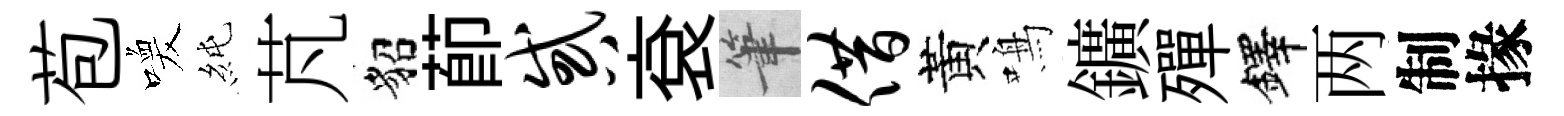
苞喚純芃貂莭惑袞筆借黃鳴鑛殫鐸两制掾